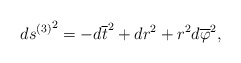
\begin{align*}{ds^{(3)}}^2 = - d\overline{t}^2 + dr^2 + r^2 d\overline\varphi^2, \end{align*}